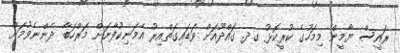
ރައީސް ޔާމީން މިމަހުގެ ކުރީކޮޅު ގދ. ގައްދޫއަށް ވަޑައިގަތްއިރު އެމަނިކުފާނަށް މަރްހަބާ ދެންނެވުމަށް